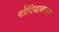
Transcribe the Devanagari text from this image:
गोंदियावरून